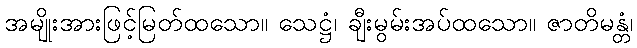
အမျိုးအားဖြင့်မြတ်ထသော။ သေဋ္ဌံ၊ ချီးမွမ်းအပ်ထသော။ ဇာတိမန္တံ၊